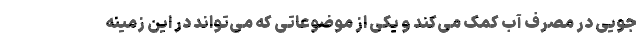
جویی در مصرف آب کمک می‌کند و یکی از موضوعاتی که می‌تواند در این زمینه